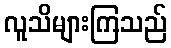
လူသိများကြသည်